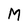
Character: M